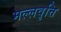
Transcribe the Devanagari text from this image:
मल्लवृत्ति